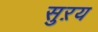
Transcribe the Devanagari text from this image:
सुऱय